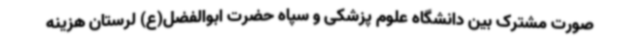
صورت مشترک بین دانشگاه علوم پزشکی و سپاه حضرت ابوالفضل(ع) لرستان هزینه